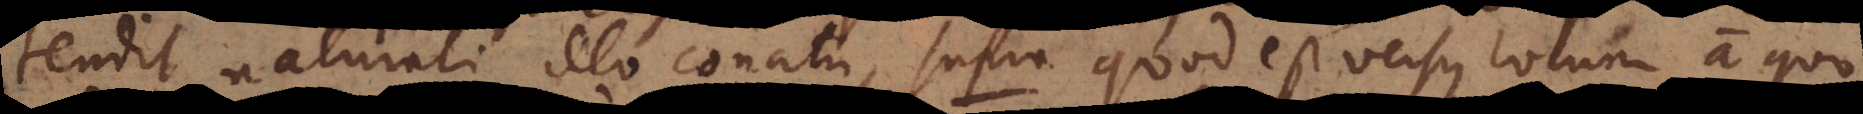
tendit naturali illo conatu, supra quod est versus locum a quo